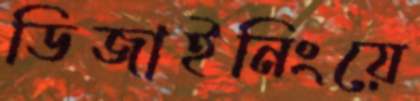
ডিজাইনিংয়ে